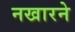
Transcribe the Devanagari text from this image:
नखारने